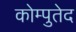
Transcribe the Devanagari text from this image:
कोम्पुतेद